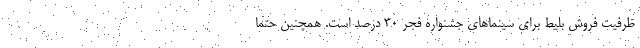
ظرفیت فروش بلیط برای سینماهای جشنواره فجر ۳۰ درصد است. همچنین حتما